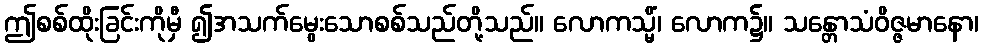
ဤစစ်ထိုးခြင်းကိုမှီ ၍အသက်မွေးသောစစ်သည်တို့သည်။ လောကသ္မိံ၊ လောက၌။ သန္တောသံဝိဇ္ဇမာနော၊